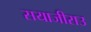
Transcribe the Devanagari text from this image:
सयाजीराउ